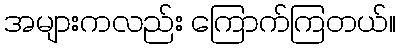
အများကလည်း ကြောက်ကြတယ်။